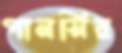
পানসির